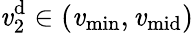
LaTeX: \mathit{v}_{2}^{\mathrm{{d}}}\in(\mathit{v}_{\operatorname*{min}},\mathit{v}_{\mathrm{{mid}}})